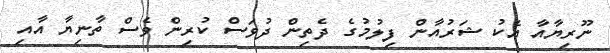
ނޫރިޔާއާ އެކު ޝަރުއާން ފިލުމުގެ ދެތިން ދުވަސް ކުރިން ވެސް ތާނިޔާ އާއި